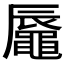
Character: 𪓧